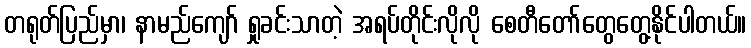
တရုတ်ပြည်မှာ၊ နာမည်ကျော် ရှုခင်းသာတဲ့ အရပ်တိုင်းလိုလို စေတီတော်တွေတွေ့နိုင်ပါတယ်။